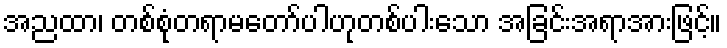
အညထာ၊ တစ်စုံတရာမတော်ပါဟုတစ်ပါးသော အခြင်းအရာအားဖြင့်။